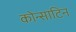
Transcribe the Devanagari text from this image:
कोन्साटिन